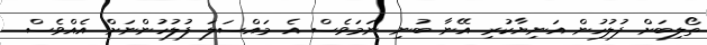
ތޯލިބަށް ފުލުހުން އަނިޔާކުރި އޭނާ ބުނި ނަމަވެސް އެ މައްސަލަ ފުލުހުންނަށް އެއްވެސް